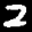
Label: 2